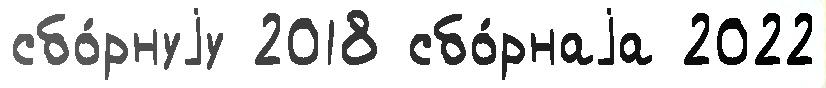
сбо́рнуjу 2018 сбо́рнаjа 2022